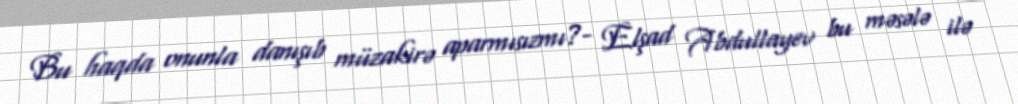
Bu haqda onunla danışıb müzakirə aparmısızmı?- Elşad Abdullayev bu məsələ ilə